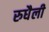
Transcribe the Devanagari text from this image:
रुधैली